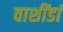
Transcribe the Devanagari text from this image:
वाशींडां